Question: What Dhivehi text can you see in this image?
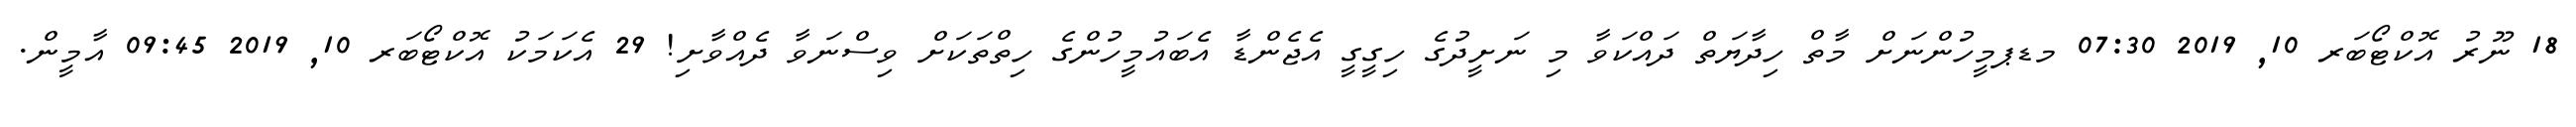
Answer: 18 ނޫރު އޮކްޓޯބަރ 10, 2019 07:30 މޑޕމީހުންނަށް މާތް ހިދާޔަތް ދައްކަވާ މި ނަށީދުގެ ހިގީގީ އެޖެންޑާ އެބައުމީހުންގެ ހިތްތަކަށް ވިސްނަވާ ދެއްވާށި! 29 އެކަމަކު އޮކްޓޯބަރ 10, 2019 09:45 އާމީން.